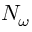
N _ { \omega }